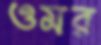
ওমর